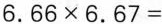
$$6 . 6 6 \times 6 . 6 7 =$$